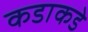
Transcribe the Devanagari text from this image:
कडाकडे